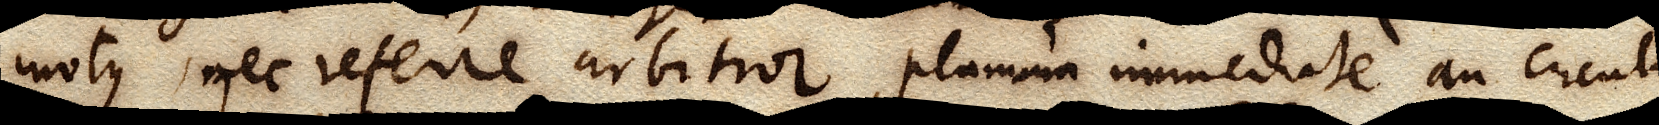
motus, nec referre arbitror, planum immediate an circulum